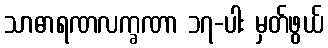
သာဓာရဏလက္ခဏာ ၁၇-ပါး မှတ်ဖွယ်